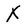
Character: X